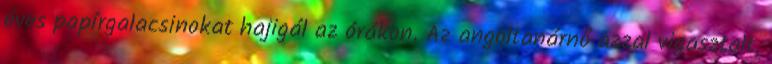
éves papírgalacsinokat hajigál az órákon. Az angoltanárnő azzal vigasztalt,